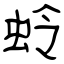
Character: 蛉